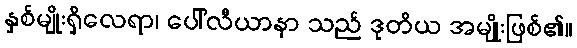
နှစ်မျိုးရှိလေရာ၊ ပေါ်လီယာနာ သည် ဒုတိယ အမျိုးဖြစ်၏။